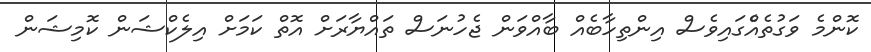
ކޮންމެ ވަގުތެއެްގައިވެސް އިންތިހާބެއް ބާއްވަން ޖެހުނަސް ތައްޔާރަށް އޮތް ކަމަށް އިލެކްޝަން ކޮމިޝަން